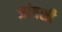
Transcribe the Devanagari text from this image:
जांबशी